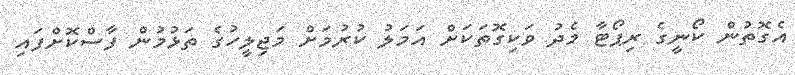
އެގޮތުން ކޯނީގެ ރިޕޯޓާ މެދު ވަކިގޮތަކަށް އަމަލު ކުރުމަށް މަޖިލީހުގެ ތަޅުމުން ފާސްކޮށްފައި